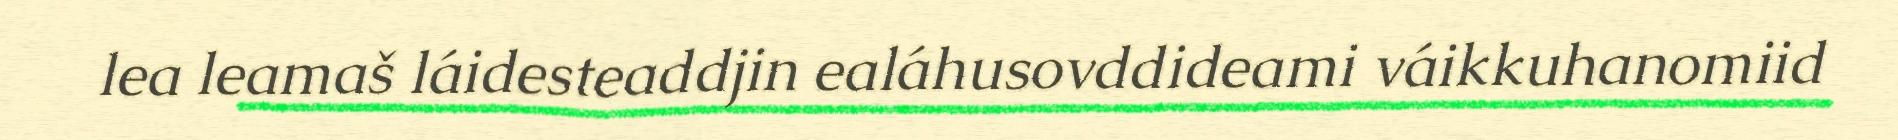
lea leamaš láidesteaddjin ealáhusovddideami váikkuhanomiid